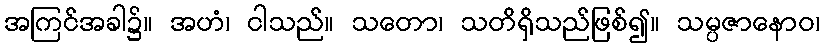
အကြင်အခါ၌။ အဟံ၊ ငါသည်။ သတော၊ သတိရှိသည်ဖြစ်၍။ သမ္ပဇာနောဝ၊